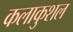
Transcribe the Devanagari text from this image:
कलाकुशल